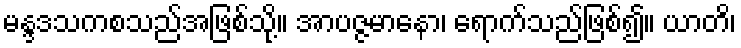
မန္ဒဒသကစသည်အဖြစ်သို့။ အာပဇ္ဇမာနော၊ ရောက်သည်ဖြစ်၍။ ယာတိ၊